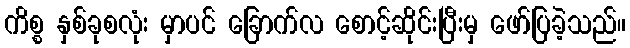
ကိစ္စ နှစ်ခုစလုံး မှာပင် ခြောက်လ စောင့်ဆိုင်းပြီးမှ ဖော်ပြခဲ့သည်။